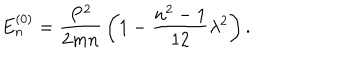
E _ { n } ^ { ( 0 ) } = { \frac { P ^ { 2 } } { 2 m n } } \left( 1 - { \frac { n ^ { 2 } - 1 } { 1 2 } } \lambda ^ { 2 } \right) .